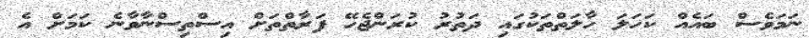
ނަމަވެސް ބައެއް ކަހަލަ ހާލަތްތަކުގައި ދަތުރު ކުރަންޖެހޭ ފަރާތްތަށް އިސްތިސްނާވާނެ ކަމަށް އެ